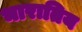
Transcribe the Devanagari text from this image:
भारातिय